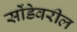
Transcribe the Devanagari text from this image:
सोंडेवरील